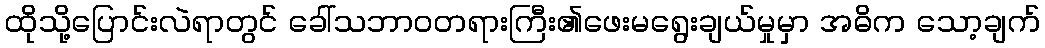
ထိုသို့ပြောင်းလဲရာတွင် ခေါ်သဘာဝတရားကြီး၏ဖေးမရွေးချယ်မှုမှာ အဓိက သော့ချက်